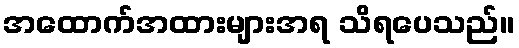
အထောက်အထားများအရ သိရပေသည်။